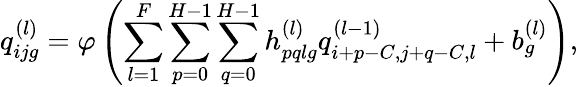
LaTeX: q_{ijg}^{(l)}=\varphi\left(\sum_{l=1}^{F}\sum_{p=0}^{H-1}\sum_{q=0}^{H-1}h_{pqlg}^{(l)}q_{i+p-C,j+q-C,l}^{(l-1)}+b_{g}^{(l)}\right),